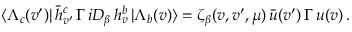
\langle \Lambda _ { c } ( v ^ { \prime } ) | \, \bar { h } _ { v ^ { \prime } } ^ { c } \, \Gamma \, i D _ { \beta } \, h _ { v } ^ { b } \, | \Lambda _ { b } ( v ) \rangle = \zeta _ { \beta } ( v , v ^ { \prime } , \mu ) \, \bar { u } ( v ^ { \prime } ) \, \Gamma \, u ( v ) \, .